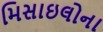
મિસાઇલોના